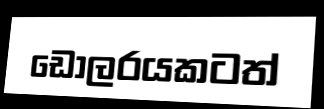
ඩොලරයකටත්